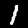
Label: 1